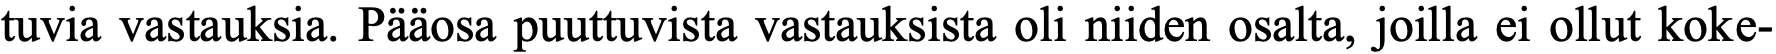
tuvia vastauksia. Pääosa puuttuvista vastauksista oli niiden osalta, joilla ei ollut koke-